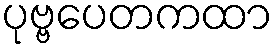
ပုဗ္ဗပေတကထာ